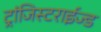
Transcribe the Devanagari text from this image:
ट्रांजिस्टराईज्ड